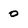
Character: 0